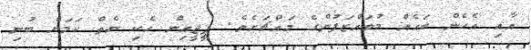
އާއި އެހެން ބައެއް މުވައްޒަފުންގެ މައްޗަށެވެ. ޕީޖީއިން ހެކި ނެތް ކަމަށް ބުނި